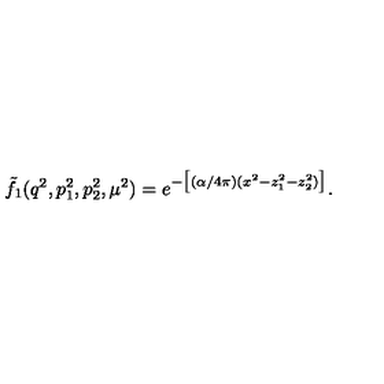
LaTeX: \tilde { f } _ { 1 } ( q ^ { 2 } , p _ { 1 } ^ { 2 } , p _ { 2 } ^ { 2 } , \mu ^ { 2 } ) = e ^ { - \big [ ( \alpha / 4 \pi ) ( x ^ { 2 } - z _ { 1 } ^ { 2 } - z _ { 2 } ^ { 2 } ) \big ] } .